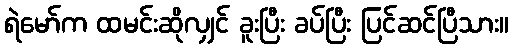
ရဲမော်က ထမင်းဆိုလျှင် ခူးပြီး ခပ်ပြီး ပြင်ဆင်ပြီသား။